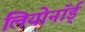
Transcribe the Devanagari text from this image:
लियोनॉर्ड्